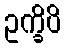
ဥက္ခိပိ